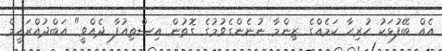
އެއް ބޭފުޅަކު ހުރިހާ ކަމެއްގެ ޒިންމާ ނުނެންގެވުމުގެ ގޮތުން އިސްތިއުފާ ދެއްވީ" އަބްދުއްރަހީމް